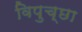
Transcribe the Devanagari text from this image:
विपुच्छा